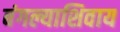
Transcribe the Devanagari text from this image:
बंगल्याशिवाय